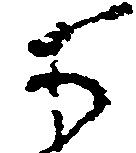
等